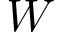
W